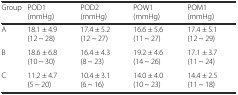
| Group | POD1 (mmHg) | POD2 (mmHg) | POW1 (mmHg) | POM1 (mmHg) |
 | --- | --- | --- | --- | --- |
 | A | 18.1 ± 4.9 (12 ~ 28) | 17.4 ± 5.2 (12 ~ 27) | 16.6 ± 5.6 (11 ~ 27) | 17.4 ± 5.1 (12 ~ 29) |
 | B | 18.6 ± 6.8 (10 ~ 30) | 16.4 ± 4.3 (8 ~ 23) | 19.2 ± 4.6 (14 ~ 26) | 17.1 ± 3.7 (11 ~ 24) |
 | C | 11.2 ± 4.7 (5 ~ 20) | 10.4 ± 3.1 (6 ~ 16) | 14.0 ± 4.0 (10 ~ 23) | 14.4 ± 2.5 (11 ~ 18) |